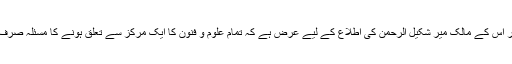
ویسے شہزاد رائے‘ جیو اور اس کے مالک میر شکیل الرحمن کی اطلاع کے لیے عرض ہے کہ تمام علوم و فنون کا ایک مرکز سے تعلق ہونے کا مسئلہ صرف اسلام سے مخصوص نہیں۔